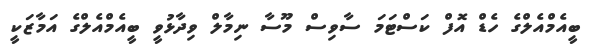
ބީއެމްއެލްގެ ހެޑް އޮފް ކަސްޓަމަ ސާވިސް މޫސާ ނިމާލް ވިދާޅުވީ ބީއެމްއެލްގެ އަމާޒަކީ